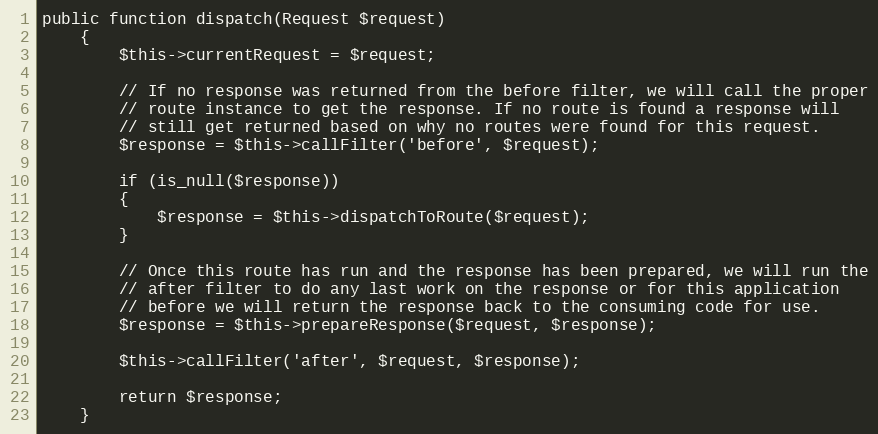
Language: PHP
public function dispatch(Request $request)
	{
		$this->currentRequest = $request;

		// If no response was returned from the before filter, we will call the proper
		// route instance to get the response. If no route is found a response will
		// still get returned based on why no routes were found for this request.
		$response = $this->callFilter('before', $request);

		if (is_null($response))
		{
			$response = $this->dispatchToRoute($request);
		}

		// Once this route has run and the response has been prepared, we will run the
		// after filter to do any last work on the response or for this application
		// before we will return the response back to the consuming code for use.
		$response = $this->prepareResponse($request, $response);

		$this->callFilter('after', $request, $response);

		return $response;
	}